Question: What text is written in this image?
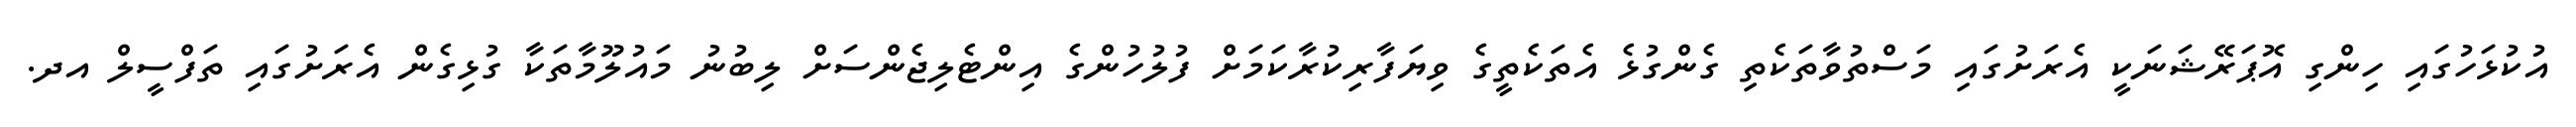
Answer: އުކުޅަހުގައި ހިންގި އޮޕަރޭޝަނަކީ އެރަށުގައި މަސްތުވާތަކެތި ގެންގުޅެ އެތަކެތީގެ ވިޔަފާރިކުރާކަމަށް ފުލުހުންގެ އިންޓެލިޖެންސަށް ލިބުނު މައުލޫމާތަކާ ގުޅިގެން އެރަށުގައި ތަފްސީލް އދ.